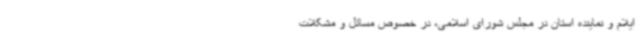
ایلام و نماینده استان در مجلس شورای اسلامی، در خصوص مسائل و مشکلات